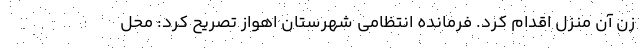
زن آن منزل اقدام کرد. فرمانده انتظامی شهرستان اهواز تصریح کرد: محل